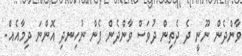
ވާންދެން ނޫނީ ދެ ދެތިން ދުވަސް ވާންދެން ފެން ނުހިނދި އޮންނަ ދިމާއެއް.